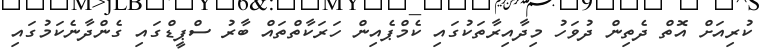
ކުރިއަށް އޮތް ދެތިން ދުވަހު މިދާއިރާތަކުގައި ކެމްޕެއިން ހަރަކާތްތައް ބާރު ސްޕީޑްގައި ގެންދާނެކަމުގައި